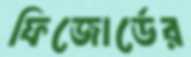
ফিজোর্ডের